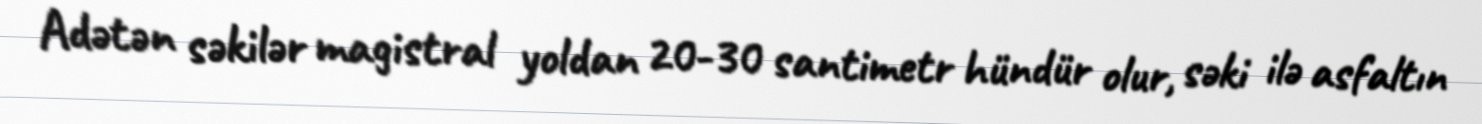
Adətən səkilər magistral yoldan 20-30 santimetr hündür olur, səki ilə asfaltın